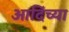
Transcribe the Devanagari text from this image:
आदिंच्या